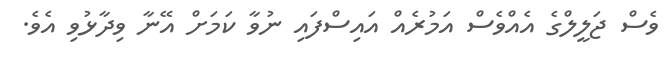
ވެސް ޖަލީލްގެ އެއްވެސް އަމުރެއް އައިސްފައި ނުވާ ކަމަށް އޭނާ ވިދާޅުވި އެވެ.